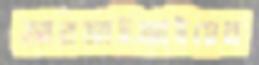
আরআইআইয়ের